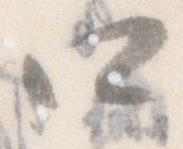
口